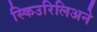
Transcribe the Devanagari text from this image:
स्किउरिलिअने